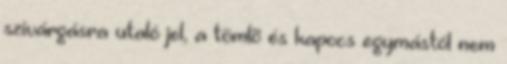
szivárgásra utaló jel, a tömlõ és kapocs egymástól nem